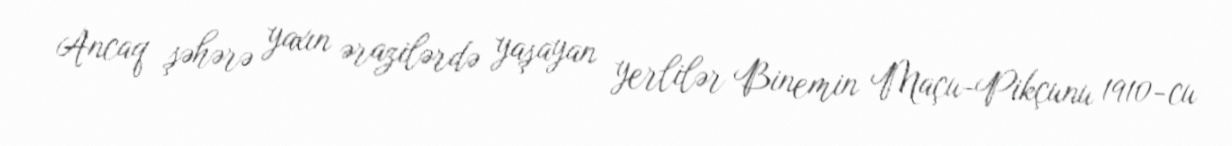
Ancaq şəhərə yaxın ərazilərdə yaşayan yerlilər Binemin Maçu-Pikçunu 1910-cu